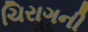
ચિરાગની